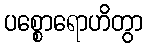
ပစ္စောရောဟိတွာ